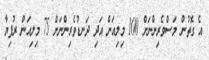
އެ ގޮތުން މަސްވެރިންނަށް 100 މިލިއަން އަދި ދަނޑުވެރިންނަށް 75 މިލިއަން ރުފިޔާ